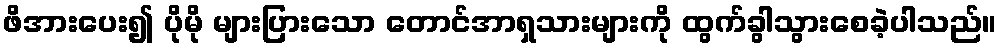
ဖိအားပေး၍ ပိုမို များပြားသော တောင်အာရှသားများကို ထွက်ခွါသွားစေခဲ့ပါသည်။